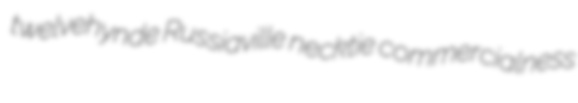
twelvehynde Russiaville necktie commercialness